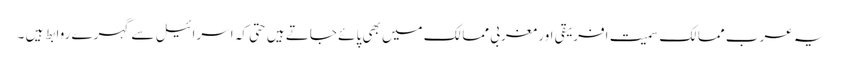
یہ عرب ممالک سمیت افریقی اور مغربی ممالک میں بھی پائے جاتے ہیں حتی کہ اسرائیل سے گہرے روابط ہیں ۔